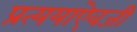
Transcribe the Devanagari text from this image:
प्रत्ययाऐवजी